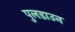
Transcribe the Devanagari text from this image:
पुलडाउन